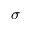
\sigma